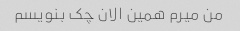
من میرم همین الان چک بنویسم